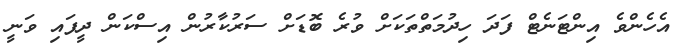
އެހެންވެ އިންޓަނެޓް ފަދަ ހިދުމަތްތަކަށް ވުރެ ބޮޑަށް ސަރުކާރުން އިސްކަން ދީފައި ވަނީ